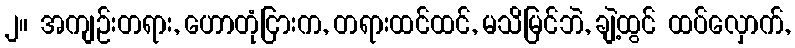
၂။ အကျဉ်းတရား, ဟောတုံငြားက, တရားထင်ထင်, မသိမြင်ဘဲ, ချဲ့ထွင် ထပ်လှောက်,